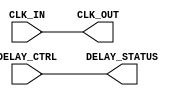
module DelayClockBuffer #(
    parameter NUM_DELAY_STAGES = 4 // Number of delay stages
)(
    input wire CLK_IN,               // Input clock signal
    input wire [NUM_DELAY_STAGES-1:0] DELAY_CTRL, // Control signal for delay selection
    output reg CLK_OUT,              // Buffered clock output
    output reg [NUM_DELAY_STAGES-1:0] DELAY_STATUS // Current delay state
);

    // Internal signals for delay stages
    wire [NUM_DELAY_STAGES-1:0] delay_stages [0:NUM_DELAY_STAGES-1];
    
    // Generate delay stages using a simple buffer (this can be replaced with actual delay elements)
    genvar i;
    generate
        for (i = 0; i < NUM_DELAY_STAGES; i = i + 1) begin : delay_gen
            if (i == 0) begin
                assign delay_stages[i] = CLK_IN; // First stage is directly the input clock
            end else begin
                // Each subsequent stage introduces a delay (this is a placeholder for actual delay logic)
                assign delay_stages[i] = delay_stages[i-1]; // Connect to previous stage
            end
        end
    endgenerate

    // Multiplexer to select the appropriate delay stage based on DELAY_CTRL
    always @(*) begin
        case (DELAY_CTRL)
            4'b0001: CLK_OUT = delay_stages[0]; // No delay
            4'b0010: CLK_OUT = delay_stages[1]; // Delay stage 1
            4'b0100: CLK_OUT = delay_stages[2]; // Delay stage 2
            4'b1000: CLK_OUT = delay_stages[3]; // Delay stage 3
            default: CLK_OUT = delay_stages[0]; // Default to no delay
        endcase
        
        // Update DELAY_STATUS based on DELAY_CTRL
        DELAY_STATUS = DELAY_CTRL;
    end

endmodule